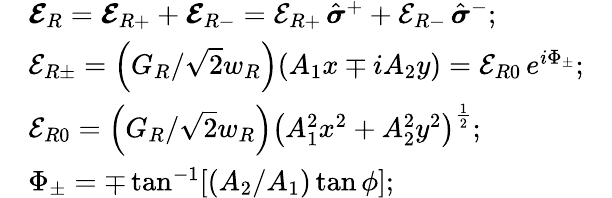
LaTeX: \begin{array}{rlr}&{\boldsymbol{\mathcal{E}}_{R}=\boldsymbol{\mathcal{E}}_{R+}+\boldsymbol{\mathcal{E}}_{R-}=\mathcal{E}_{R+}\, \hat{\boldsymbol{\sigma}}^{+}+\mathcal{E}_{R-}\, \hat{\boldsymbol{\sigma}}^{-};}&\\ &{\mathcal{E}_{R\pm}=\left(G_{R}/\sqrt{2}w_{R}\right)(A_{1}x\mp iA_{2}y)=\mathcal{E}_{R0}\, e^{i\Phi_{\pm}};}&\\ &{\mathcal{E}_{R0}=\left(G_{R}/\sqrt{2}w_{R}\right)\left(A_{1}^{2}x^{2}+A_{2}^{2}y^{2}\right)^{\frac{1}{2}};}&\\ &{\Phi_{\pm}=\mp\tan^{-1}[(A_{2}/A_{1})\tan\phi];}&\end{array}